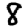
Digit: 8